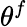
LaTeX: \theta^{f}